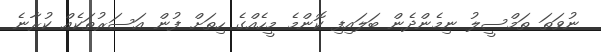
ނުވަތަ ތަމްސީލު ނިމެންދެން ބަލައިފި ކޮންމެ މީހެއްގެ ހިތަށް ފުން އަސަރުތަކެއް ކުރާނެ